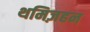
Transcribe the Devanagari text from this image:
थमिज़हन